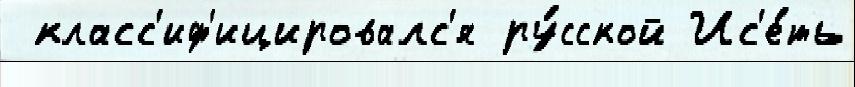
 класс'иф'ицировалс'я ру́сской Ис'е́ть